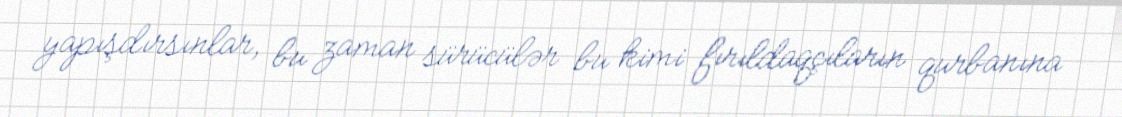
yapışdırsınlar, bu zaman sürücülər bu kimi fırıldaqçıların qurbanına